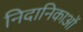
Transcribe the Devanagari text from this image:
निदानिकाओं